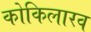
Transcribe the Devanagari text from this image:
कोकिलारव